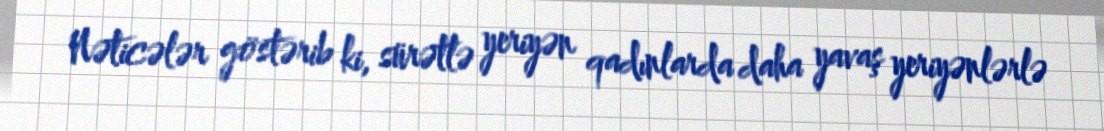
Nəticələr göstərib ki, sürətlə yeriyən qadınlarda daha yavaş yeriyənlərlə